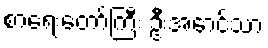
စာရေးတော်ကြီး ဦးအောင်သာ